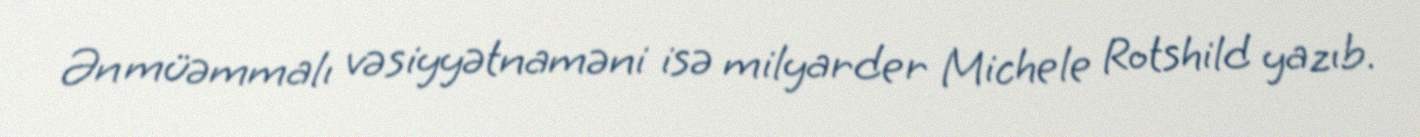
Ən müəmmalı vəsiyyətnaməni isə milyarder Michele Rotshild yazıb.